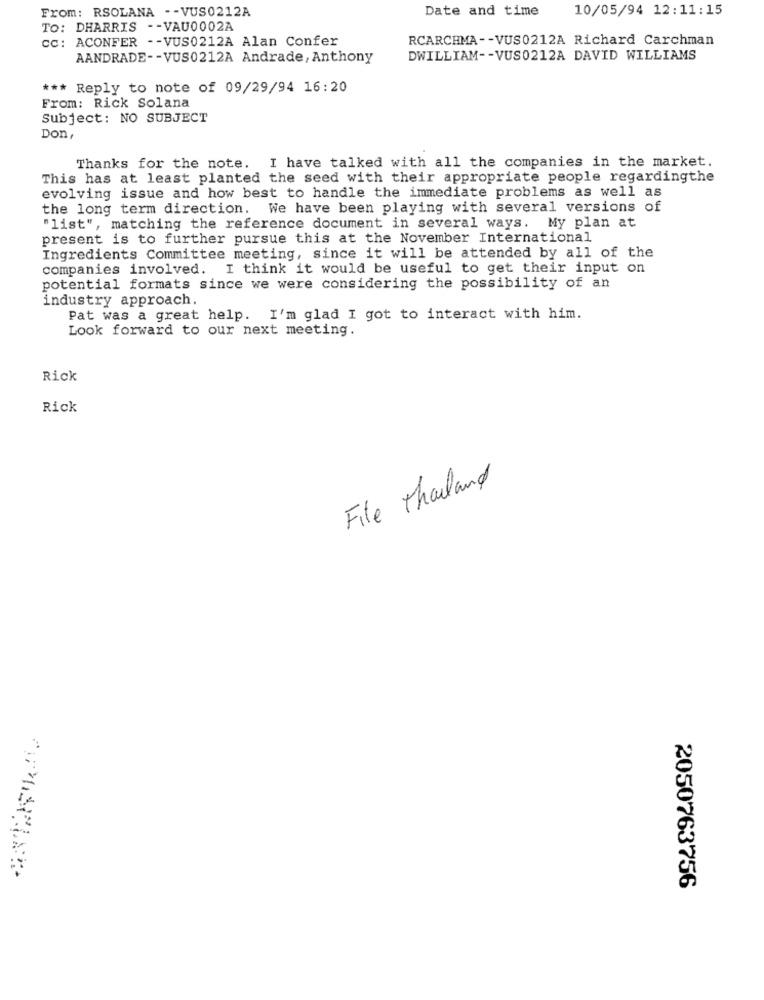
Date and time
10/05/94 12:11:15
From: RSOLANA -- VUS0212A
To: DHARRIS -- VAU0002A
cc: ACONFER -- VUS0212A Alan Confer
RCARCHMA -- VUS0212A Richard Carchman
AANDRADE -- VUS0212A Andrade, Anthony
DWILLIAM -- VUS0212A DAVID WILLIAMS
*** Reply to note of 09/29/94 16:20
From: Rick Solana
Subject: NO SUBJECT
Don
Thanks for the note. I have talked with all the companies in the market.
This has at least planted the seed with their appropriate people regardingthe
evolving issue and how best to handle the immediate problems as well as
the long term direction. We have been playing with several versions of
"list", matching the reference document in several ways. My plan at
present is to further pursue this at the November International
Ingredients Committee meeting, since it will be attended by all of the
companies involved. I think it would be useful to get their input on
potential formats since we were considering the possibility of an
industry approach.
Pat was a great help. I'm glad I got to interact with him.
Look forward to our next meeting.
Rick
Rick
File Thouland
2050763756